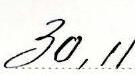
30,11